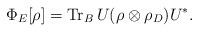
LaTeX: \begin{align*}\Phi _{E}[\rho ]=\mathop{\rm Tr}\nolimits_{B}U(\rho \otimes \rho_{D})U^{\ast }. \end{align*}